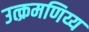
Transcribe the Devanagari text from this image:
उत्क्रमणिय्य